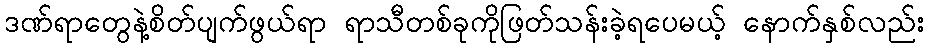
ဒဏ်ရာတွေနဲ့စိတ်ပျက်ဖွယ်ရာ ရာသီတစ်ခုကိုဖြတ်သန်းခဲ့ရပေမယ့် နောက်နှစ်လည်း